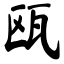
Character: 瓯